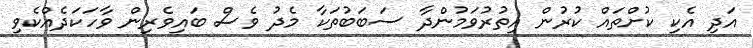
އަދި އެކި ކުށްތައް ކުރުން އިތުރުވަމުންދާ ސަބަބުތަކާ މެދު ވެސް ބައިވެރިން ވާހަކަދެއްކެވި